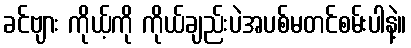
ခင်ဗျား ကိုယ့်ကို ကိုယ်ချည်းပဲအပစ်မတင်စမ်းပါနဲ့။